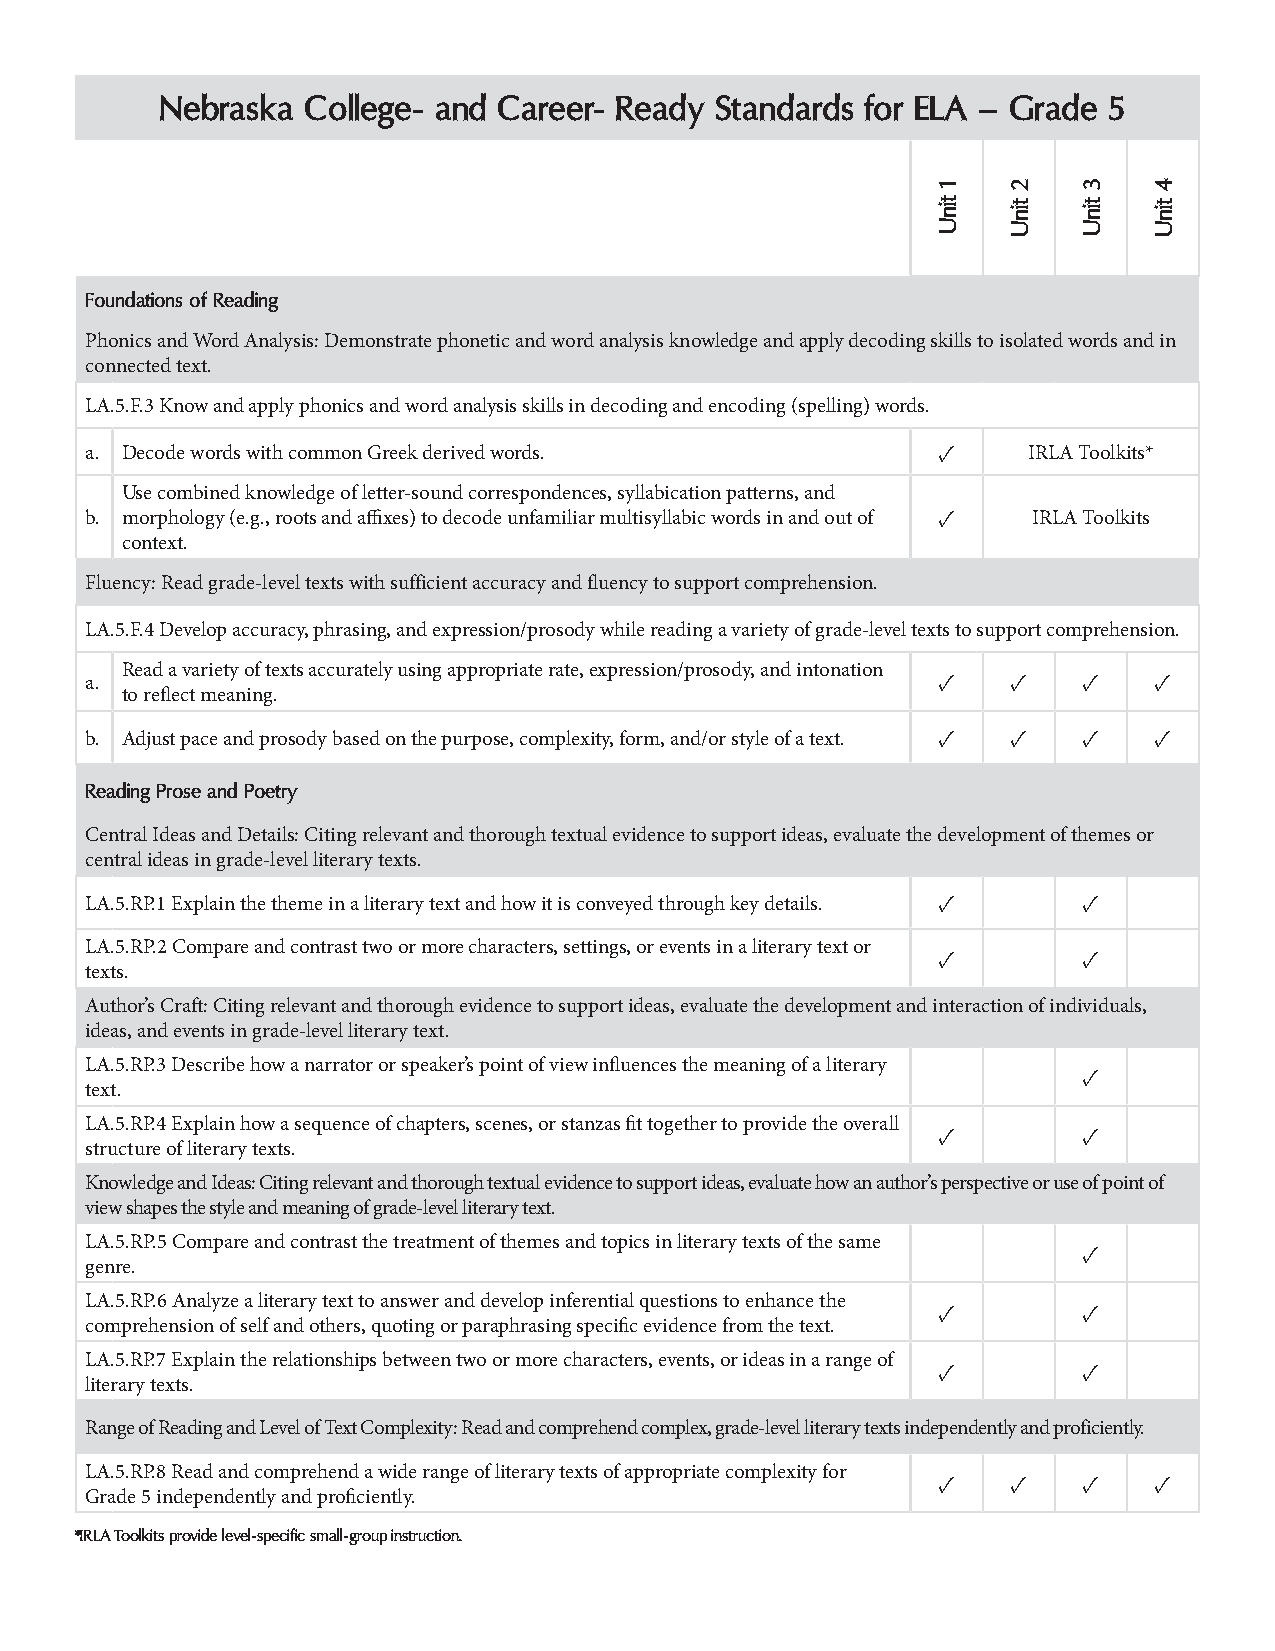
Nebraska College- and Career- Ready Standards for ELA – Grade 5
 Foundations of Reading
 Phonics and Word Analysis: Demonstrate phonetic and word analysis knowledge and apply decoding skills to isolated words and in
 connected text.
 LA.5.F.3 Know and apply phonics and word analysis skills in decoding and encoding (spelling) words.
 a. Decode words with common Greek derived words.        ✓     IRLA Toolkits*
 Use combined knowledge of letter-sound correspondences, syllabication patterns, and
 b. morphology (e.g., roots and affixes) to decode unfamiliar multisyllabic words in and out of ✓ IRLA Toolkits
 context.
 Fluency: Read grade-level texts with sufficient accuracy and fluency to support comprehension.
 LA.5.F.4 Develop accuracy, phrasing, and expression/prosody while reading a variety of grade-level texts to support comprehension.
 Read a variety of texts accurately using appropriate rate, expression/prosody, and intonation
 a.                                                      ✓    ✓    ✓   ✓
 to reflect meaning.
 b. Adjust pace and prosody based on the purpose, complexity, form, and/or style of a text. ✓ ✓ ✓ ✓
 Reading Prose and Poetry
 Central Ideas and Details: Citing relevant and thorough textual evidence to support ideas, evaluate the development of themes or
 central ideas in grade-level literary texts.
 LA.5.RP.1 Explain the theme in a literary text and how it is conveyed through key details. ✓ ✓
 LA.5.RP.2 Compare and contrast two or more characters, settings, or events in a literary text or
 ✓         ✓
 texts.
 Author’s Craft: Citing relevant and thorough evidence to support ideas, evaluate the development and interaction of individuals,
 ideas, and events in grade-level literary text.
 LA.5.RP.3 Describe how a narrator or speaker’s point of view influences the meaning of a literary
 ✓
 text.
 LA.5.RP.4 Explain how a sequence of chapters, scenes, or stanzas fit together to provide the overall
 ✓         ✓
 structure of literary texts.
 Knowledge and Ideas: Citing relevant and thorough textual evidence to support ideas, evaluate how an author’s perspective or use of point of
 view shapes the style and meaning of grade-level literary text.
 LA.5.RP.5 Compare and contrast the treatment of themes and topics in literary texts of the same
 ✓
 genre.
 LA.5.RP.6 Analyze a literary text to answer and develop inferential questions to enhance the
 ✓         ✓
 comprehension of self and others, quoting or paraphrasing specific evidence from the text.
 LA.5.RP.7 Explain the relationships between two or more characters, events, or ideas in a range of
 ✓         ✓
 literary texts.
 Range of Reading and Level of Text Complexity: Read and comprehend complex, grade-level literary texts independently and proficiently.
 LA.5.RP.8 Read and comprehend a wide range of literary texts of appropriate complexity for
 ✓    ✓    ✓   ✓
 Grade 5 independently and proficiently.
 *IRLA Toolkits provide level-specific small-group instruction.
 1
 tinU
 2
 tinU
 3
 tinU
 4
 tinU